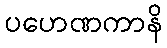
ပဟေဏကာနိ